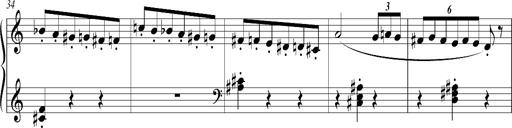
Title: Bagatelle sans tonalitÃ©
Composer: Franz Liszt